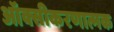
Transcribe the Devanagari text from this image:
ऑक्सीकरणात्मक